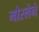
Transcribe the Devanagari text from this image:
मोस्लेने